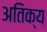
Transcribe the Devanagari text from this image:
अतिक्य